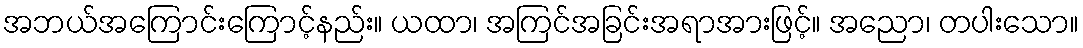
အဘယ်အကြောင်းကြောင့်နည်း။ ယထာ၊ အကြင်အခြင်းအရာအားဖြင့်။ အညော၊ တပါးသော။